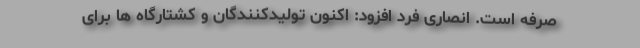
صرفه است. انصاری فرد افزود: اکنون تولیدکنندگان و کشتارگاه ها برای